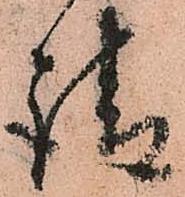
請